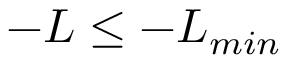
- L \leq - L _ { m i n }